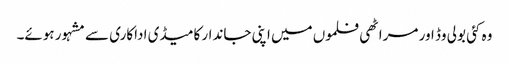
وہ کئی بولی وڈ اور مراٹھی فلموں میں اپنی جاندار کامیڈی اداکاری سے مشہور ہوئے۔